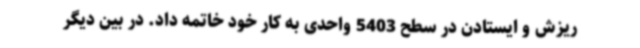
ریزش و ایستادن در سطح 5403 واحدی به کار خود خاتمه داد. در بین دیگر